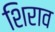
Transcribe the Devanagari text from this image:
शिराव